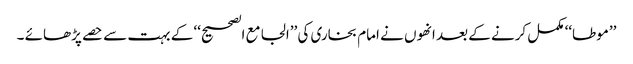
’’موطا‘‘ مکمل کرنے کے بعد انھوں نے امام بخاری کی ’’الجامع الصحیح‘‘ کے بہت سے حصے پڑھائے ۔